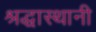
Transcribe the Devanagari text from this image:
श्रद्धास्थानी